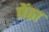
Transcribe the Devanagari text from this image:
पेंठा